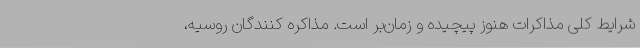
شرایط کلی مذاکرات هنوز پیچیده و زمان‌بر است. مذاکره کنندگان روسیه،